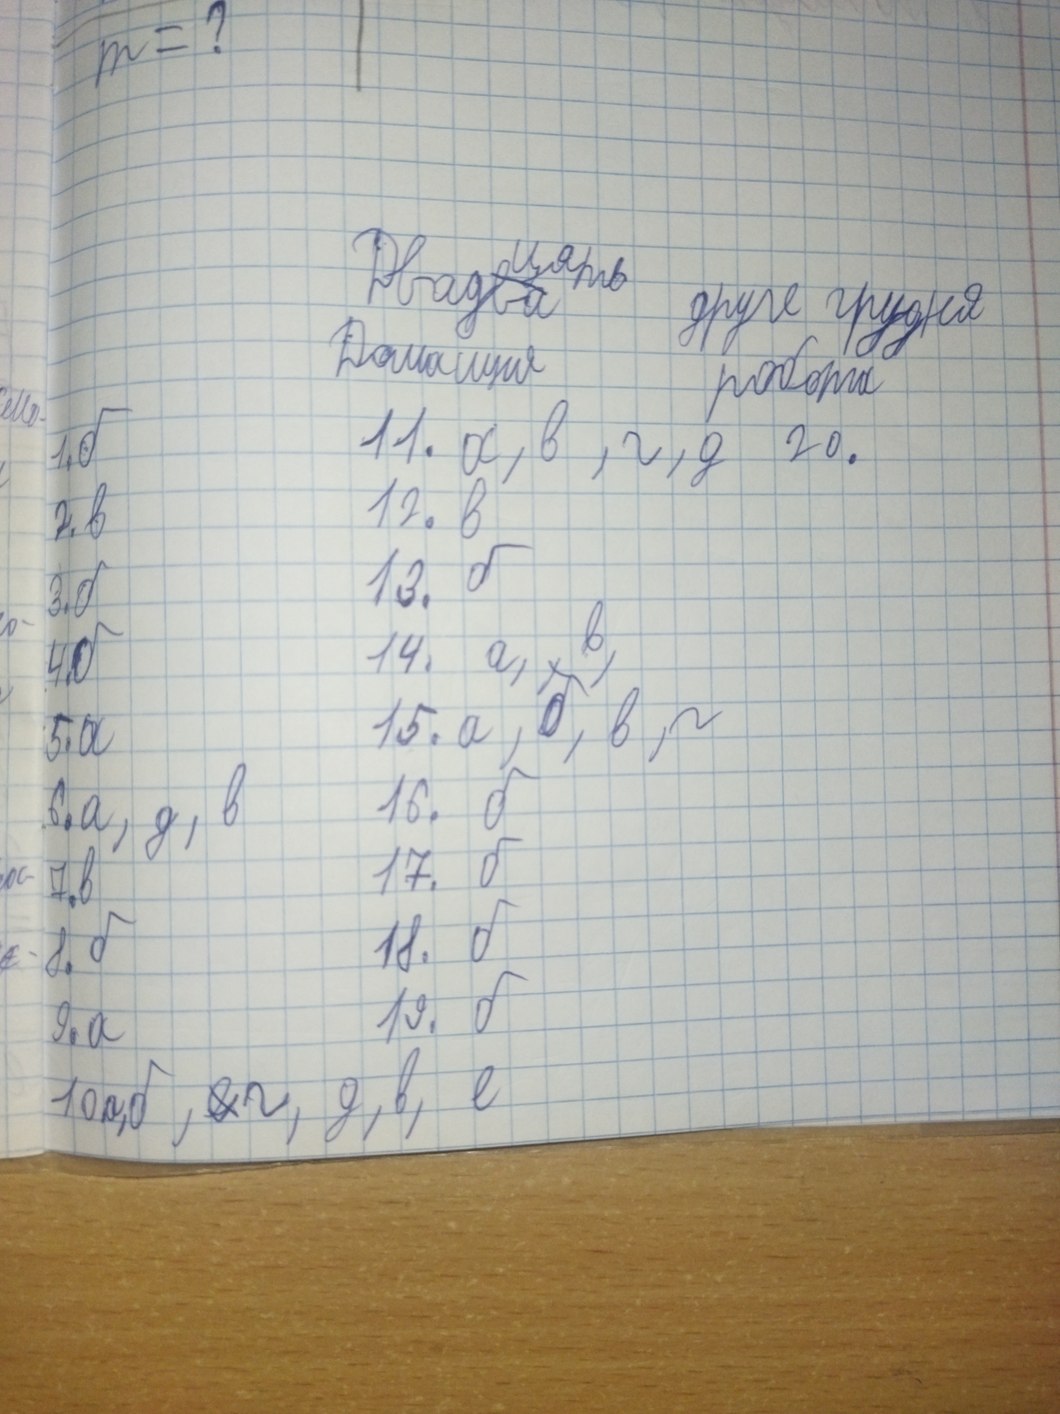
m = ?
Двад~~ва~~{цять} друге грудня
Домашня робота
1. б
11. a, в, г, д 20.
12. в
2. в
13. б
3. б
14. a, ~,~ в,
4. б
15. a, б, в, г
5. а
16. б
6. а, д, в
17. б
7. в
18. б
8. б
19. б
9. а
10. а, б, ~~е~~{г}, д, в, е